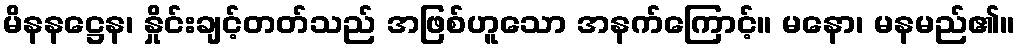
မိနနဋ္ဌေန၊ နှိုင်းချင့်တတ်သည် အဖြစ်ဟူသော အနက်ကြောင့်။ မနော၊ မနမည်၏။